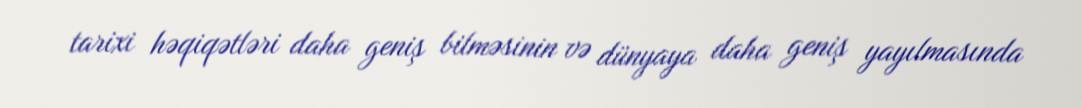
tarixi həqiqətləri daha geniş bilməsinin və dünyaya daha geniş yayılmasında